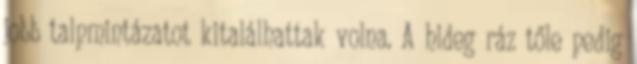
jobb talpmintázatot kitalálhattak volna. A hideg ráz tőle pedig